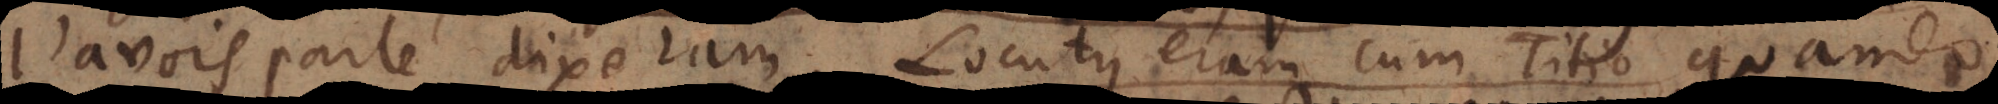
J’avois parlé, dixeram. Locutus eram cum Titio quando